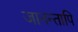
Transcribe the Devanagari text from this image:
जानन्तापि